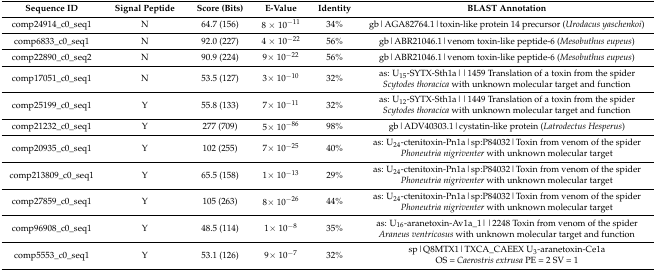
| Sequence ID | Signal Peptide | Score (Bits) | E-Value | Identity | BLAST Annotation |
 | --- | --- | --- | --- | --- | --- |
 | comp24914_c0_seq1 | N | 64.7 (156) | 8 × 10−11 | 34% | gb|AGA82764.1|toxin-like protein 14 precursor (Urodacus yaschenkoi) |
 | comp6833_c0_seq1 | N | 92.0 (227) | 4 × 10−22 | 56% | gb|ABR21046.1|venom toxin-like peptide-6 (Mesobuthus eupeus) |
 | comp22890_c0_seq2 | N | 90.9 (224) | 9× 10−22 | 56% | gb|ABR21046.1|venom toxin-like peptide-6 (Mesobuthus eupeus) |
 | comp17051_c0_seq1 | N | 53.5 (127) | 3× 10−10 | 32% | as: U15-SYTX-Sth1a||1459 Translation of a toxin from the spider Scytodes thoracica with unknown molecular target and function |
 | comp25199_c0_seq1 | Y | 55.8 (133) | 7× 10−11 | 32% | as: U12-SYTX-Sth1a||1449 Translation of a toxin from the spider Scytodes thoracica with unknown molecular target and function |
 | comp21232_c0_seq1 | Y | 277 (709) | 5× 10−86 | 98% | gb|ADV40303.1|cystatin-like protein (Latrodectus Hesperus) |
 | comp20935_c0_seq1 | Y | 102 (255) | 7× 10−25 | 40% | as: U24-ctenitoxin-Pn1a|sp:P84032|Toxin from venom of the spider Phoneutria nigriventer with unknown molecular target |
 | comp213809_c0_seq1 | Y | 65.5 (158) | 1× 10−13 | 29% | as: U24-ctenitoxin-Pn1a|sp:P84032|Toxin from venom of the spider Phoneutria nigriventer with unknown molecular target |
 | comp27859_c0_seq1 | Y | 105 (263) | 8× 10−26 | 44% | as: U24-ctenitoxin-Pn1a|sp:P84032|Toxin from venom of the spider Phoneutria nigriventer with unknown molecular target |
 | comp96908_c0_seq1 | Y | 48.5 (114) | 1× 10−8 | 35% | as: U16-aranetoxin-Av1a_1||2248 Toxin from venom of the spider Araneus ventricosus with unknown molecular target and function |
 | comp5553_c0_seq1 | Y | 53.1 (126) | 9× 10−7 | 32% | sp|Q8MTX1|TXCA_CAEEX U3-aranetoxin-Ce1a OS = Caerostris extrusa PE = 2 SV = 1 |